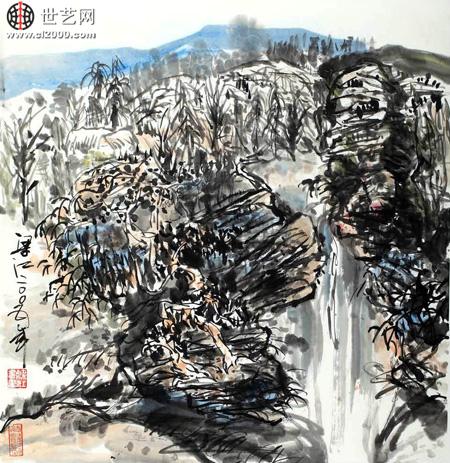
器乏雕梁器，材非构厦材。